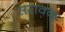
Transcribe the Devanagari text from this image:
सरावक्